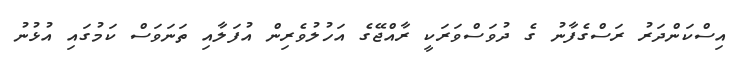
އިސްކަންދަރު ރަސްގެފާނު ގެ ދުވަސްވަރަކީ ރާއްޖޭގެ އަހުލުވެރިން އުފަލާއި ތަނަވަސް ކަމުގައި އުޅުނު